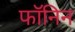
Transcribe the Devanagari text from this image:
फॉनिन